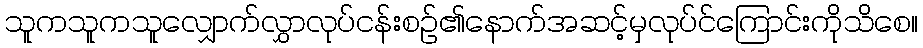
သူကသူကသူလျှောက်လွှာလုပ်ငန်းစဉ်၏နောက်အဆင့်မှလုပ်င်ကြောင်းကိုသိစေ။